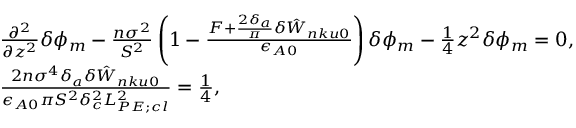
\begin{array} { r l } & { \frac { \partial ^ { 2 } } { \partial z ^ { 2 } } \delta \phi _ { m } - \frac { n \sigma ^ { 2 } } { S ^ { 2 } } \left( 1 - \frac { F + \frac { 2 \delta _ { a } } { \pi } \delta { \hat { W } } _ { n k u 0 } } { \epsilon _ { A 0 } } \right) \delta \phi _ { m } - \frac { 1 } { 4 } z ^ { 2 } \delta \phi _ { m } = 0 , } \\ & { \frac { 2 n \sigma ^ { 4 } \delta _ { a } \delta { \hat { W } } _ { n k u 0 } } { \epsilon _ { A 0 } \pi S ^ { 2 } \delta _ { c } ^ { 2 } L _ { P E ; c l } ^ { 2 } } = \frac { 1 } { 4 } , } \end{array}